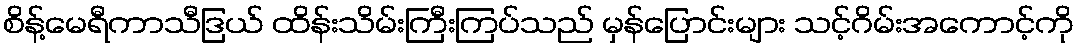
စိန့်မေရီကာသီဒြယ် ထိန်းသိမ်းကြီးကြပ်သည် မှန်ပြောင်းများ သင့်ဂိမ်းအကောင့်ကို